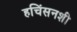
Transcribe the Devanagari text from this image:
हचिंसनशी